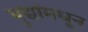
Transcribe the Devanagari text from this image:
मुद्यांमधून